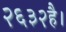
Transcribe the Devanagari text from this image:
२६३२है।